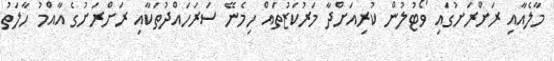
މާލެއާއި ރަށްރަށުގައި ވޯޓުލުން ކުރިއަށްދާ މަރުކަޒުތައް ހިމެނޭ ސަރަހައްދުތަކާއި ރަށްރަށުގެ އާއްމު ހާލަތު